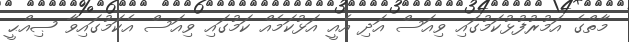
މާތްގެ އަމުރުފުޅުކަމުގައި ވިއަސް އަދި އެއީ އަޅުކަމެއް ކަމުގައި ވިއަސް އެކަމުގައިވާ ޞިއްޙީ